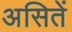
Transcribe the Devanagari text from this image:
असितें